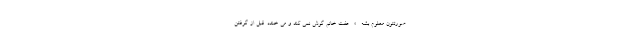
صورتتون معلوم بشه... » . عفت خانم گوش نمی کند و می خندد. قبل از گرفتن